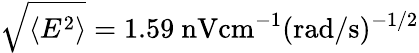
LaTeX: \sqrt{\langle E^{2}\rangle}=1.59\ \mathrm{nV}\mathrm{cm}^{-1}(\mathrm{rad}/\mathrm{s})^{-1/2}